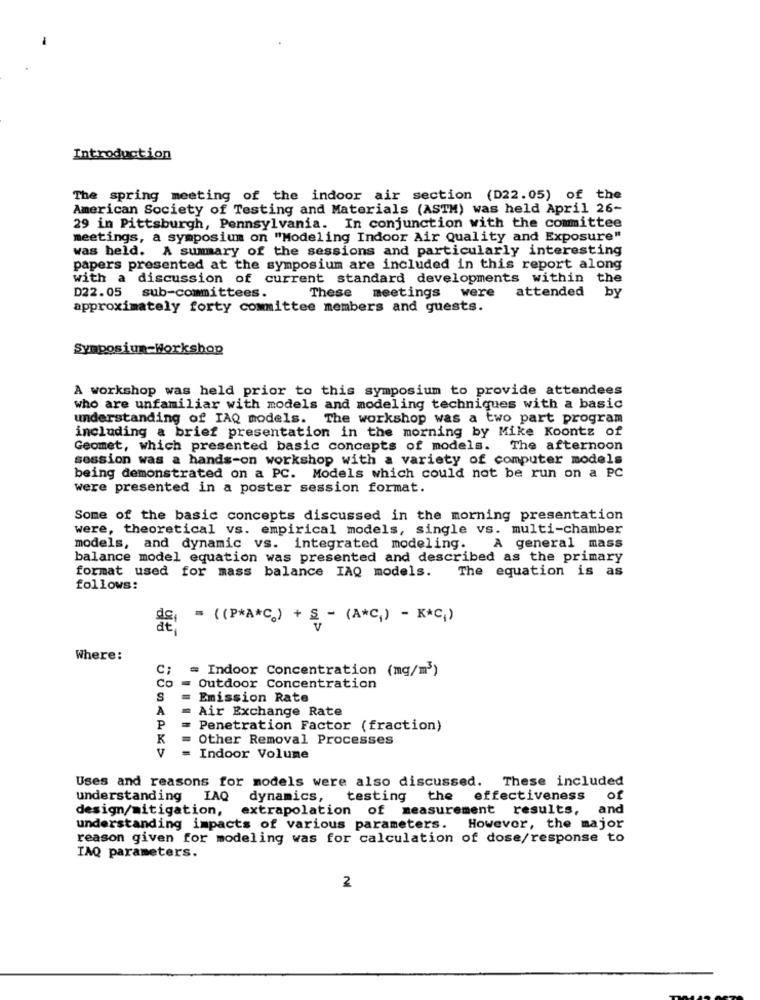
Introduction
The spring meeting of the indoor air section (D22.05) of the
American Society of Testing and Materials (ASTM) was held April 26-
29 in Pittsburgh, Pennsylvania. In conjunction with the committee
meetings, a symposium on "Modeling Indoor Air Quality and Exposure"
was held. A summary of the sessions and particularly interesting
papers presented at the symposium are included in this report along
with a discussion of current standard developments within the
attended
D22.05 sub-committees.
These meetings were
by
approximately forty committee members and guests.
Symposium-Workshop
A workshop was held prior to this symposium to provide attendees
who are unfamiliar with models and modeling techniques with a basic
understanding of IAQ models. The workshop was a two part program
including a brief presentation in the morning by Mike Koontz of
Geomet, which presented basic concepts of models.
The afternoon
session was a hands-on workshop with a variety of computer models
being demonstrated on a PC. Models which could not be run on a PC
were presented in a poster session format.
Some of the basic concepts discussed in the morning presentation
were, theoretical vs. empirical models, single vs. multi-chamber
models, and dynamic vs. integrated modeling.
A general mass
balance model equation was presented and described as the primary
The equation is as
format used for mass balance IAQ models.
follows:
= (P*A*C) + 5 - (AC) - K*C1)
Where:
C;
= Indoor Concentration (mg/m3)
co
Outdoor Concentration
S
Emission Rate
Air Exchange Rate
A
P
= Penetration Factor (fraction)
K
Other Removal Processes
V
= Indoor Volume
Uses and reasons for models were also discussed. These included
understanding LAQ
dynamics, testing
the effectiveness
of
design/mitigation,
extrapolation of measurement results,
and
understanding impacts of various parameters. However, the major
reason given for modeling was for calculation of dose/response to
TAQ parameters.
2